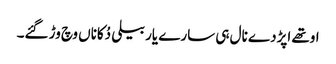
اوتھے اپڑدے نال ہی سارے یار بیلی دُکاناں وچ وڑ گئے۔